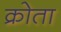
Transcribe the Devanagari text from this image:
क्रोता